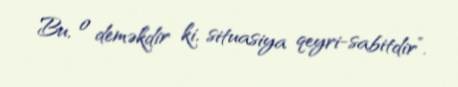
Bu, o deməkdir ki, situasiya qeyri-sabitdir”.